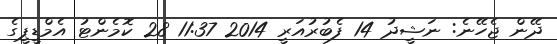
ދޭން ޖެހޭނެ: ނަޝީދު 14 ފެބުރުއަރީ 2014 11:37 28 ކޮމެންޓު އެމްޑީޕީގެ